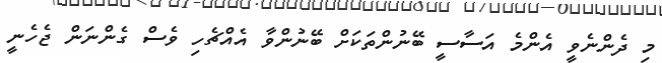
މި ދެންނެވީ އެންމެ އަސާސީ ބޭނުންތަކަށް ބޭނުންވާ އެއްޗެހި ވެސް ގެންނަން ޖެހެނީ